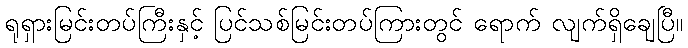
ရုရှားမြင်းတပ်ကြီးနှင့် ပြင်သစ်မြင်းတပ်ကြားတွင် ရောက် လျက်ရှိချေပြီ။